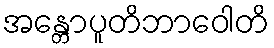
အန္တောပူတိဘာဝေါတိ